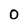
Character: 0